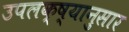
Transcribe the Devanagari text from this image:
उपलक्ष्यानुसार